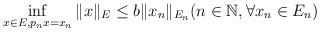
LaTeX: \begin{align*}\inf_{x \in E, p_n x = x_n} \|x\|_E \le b \|x_n\|_{E_n} (n \in \mathbb N, \forall x_n \in E_n)\end{align*}